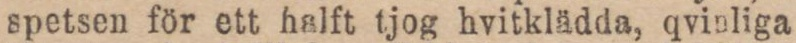
spetsen för ett halft tjog hvitklädda, qvinliga